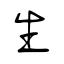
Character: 生